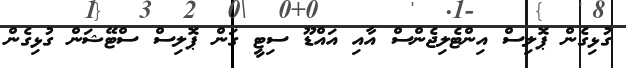
ގުޅިގެން ޕޮލިސް އިންޓެލިޖެންސް އާއި އައްޑޫ ސިޓީ ގަން ޕޮލިސް ސްޓޭޝަން ގުޅިގެން